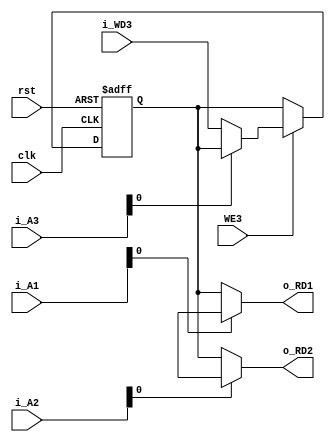
module Reg_file #(
    parameter   Address_Width ='d5,
                Data_Width ='d32,
                Reg_file_Depth= $pow(2, Address_Width)
        
) (
    input    wire                       clk,
    input    wire                       rst,
    input    wire                       WE3,
    input    wire [Address_Width-1:0]   i_A1,
    input    wire [Address_Width-1:0]   i_A2,
    input    wire [Address_Width-1:0]   i_A3,
    input    wire [Data_Width-1:0]       i_WD3,
    output   wire  [Data_Width-1:0]       o_RD1,
    output   wire  [Data_Width-1:0]       o_RD2

);

integer i;
reg [Data_Width-1:0] REGFILE [Reg_file_Depth-1:0];


// Write is Seq

always @(negedge clk or negedge rst) 
begin
if (!rst) 
begin
    for ( i=0 ;i <=Reg_file_Depth-1 ;i=i+1 )
        begin
                REGFILE[i]<='b0;
           end
end  else if (WE3)
begin
    REGFILE[i_A3]<=i_WD3;
    
end
end    

/*
// Read is Comb 
always @(*) 
begin
if (!rst) 
begin
    o_RD1='b0;
    o_RD2='b0;
end  
else
begin
    o_RD1=REGFILE[i_A1];
    o_RD2=REGFILE[i_A2];
end
end    
*/ 

assign     o_RD1=REGFILE[i_A1];
assign     o_RD2=REGFILE[i_A2];



    
endmodule